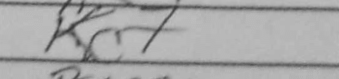
Transcription: Kc7